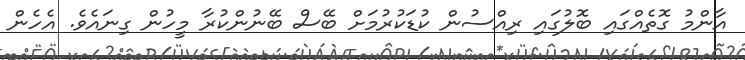
އާންމު ގޮތެއްގައި ބޮލުގައި ރިއްސުން ކުޑަކުރުމަށް ބޭސް ބޭނުންކުރާ މީހުން ގިނައެވެ. އެހެން